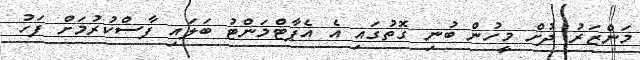
މަންޒަރު ދުށް މީހުން ބުނި ގޮތުގައި އެ އެޕާޓްމަންޓު ބަލައި ފާސްކުރުމަށް ފަހު